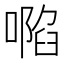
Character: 𠽏